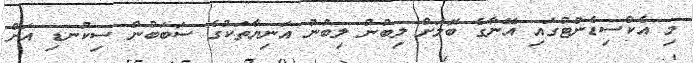
މި އެކްސިޑެންޓުގައި އޭނާގެ ބޮލަށް ލިބުނު ލިބުނު އަނިޔާތަކުގެ ސަބަބުން ސިކުނޑި އަށް